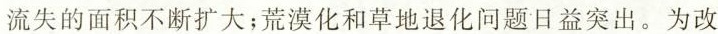
流失的面积不断扩大；荒漠化和草地退化问题日益突出。为改